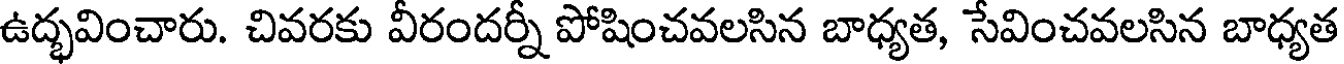
ఉద్భవించారు. చివరకు వీరందర్నీ పోషించవలసిన బాధ్యత, సేవించవలసిన బాధ్యత